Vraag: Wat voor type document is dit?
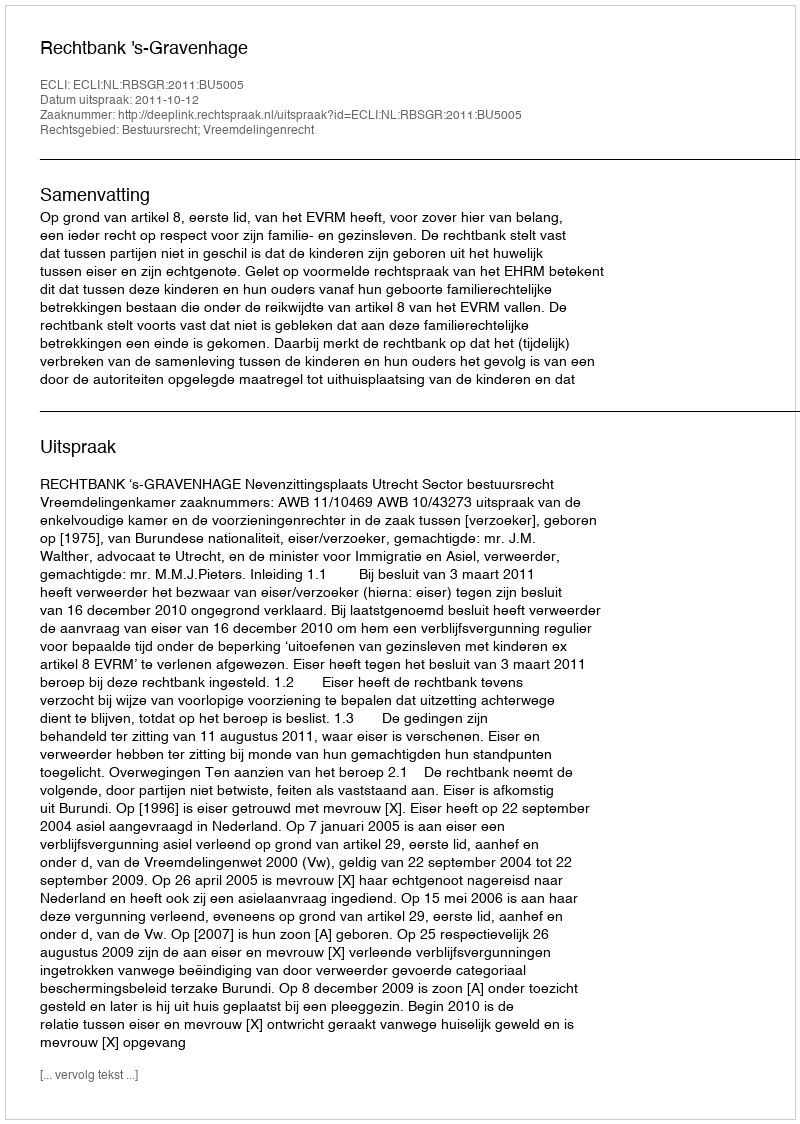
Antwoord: Uitspraak